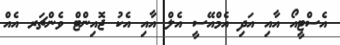
އެސްޓީއޯ އާއި އަދި އެމްއޭސީ އެލް އާއި އެކު ޖޮއިންޓް ވެންޗަރ އެއް